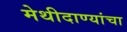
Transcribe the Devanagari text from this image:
मेथीदाण्यांचा